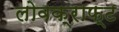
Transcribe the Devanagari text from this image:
लोवक्राफ्ट